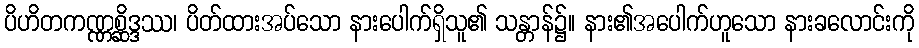
ပိဟိတကဏ္ဏစ္ဆိဒ္ဒဿ၊ ပိတ်ထားအပ်သော နားပေါက်ရှိသူ၏ သန္တာန်၌။ နား၏အပေါက်ဟူသော နားခလောင်းကို